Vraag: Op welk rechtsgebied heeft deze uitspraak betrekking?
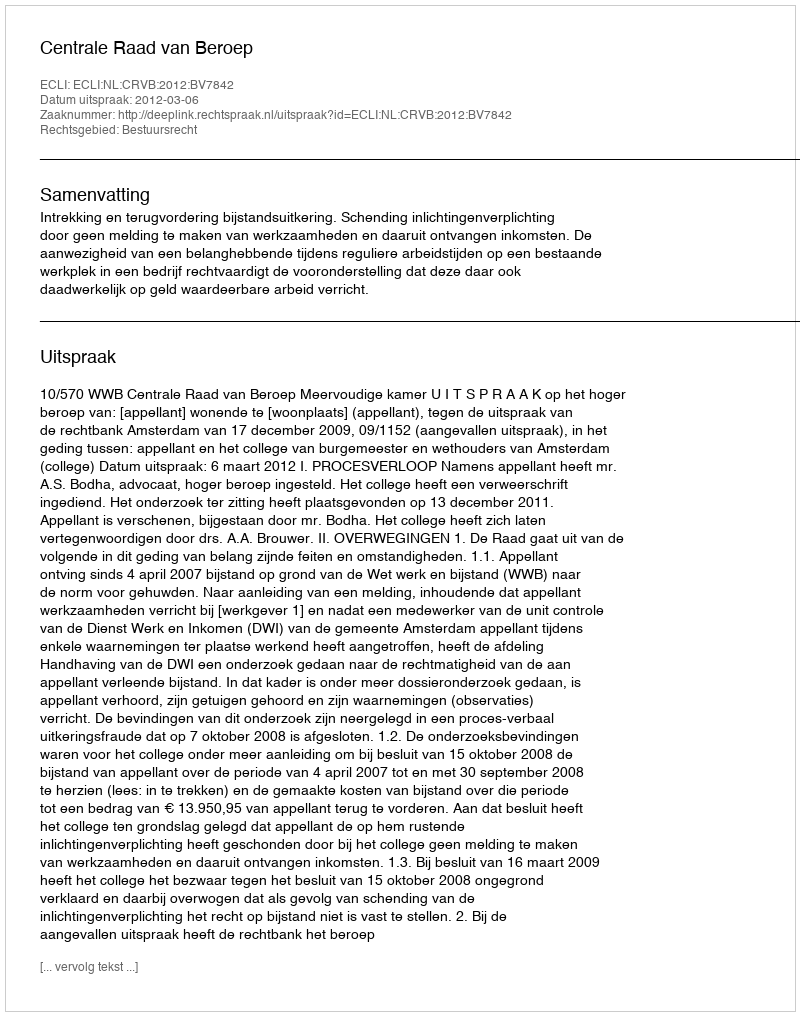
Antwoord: Bestuursrecht